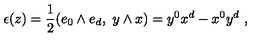
\epsilon ( z ) = { \frac { 1 } { 2 } } ( e _ { 0 } \wedge e _ { d } , \ y \wedge x ) = y ^ { 0 } x ^ { d } - x ^ { 0 } y ^ { d } \ ,